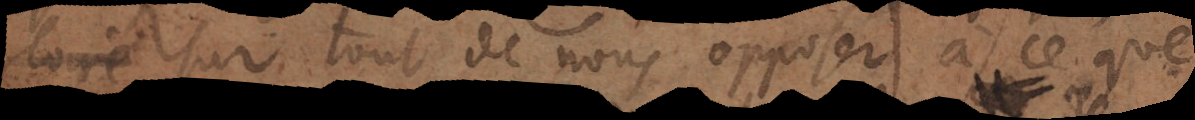
sur tout de nous opposer à ce que